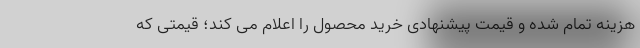
هزینه تمام شده و قیمت پیشنهادی خرید محصول را اعلام می کند؛ قیمتی که